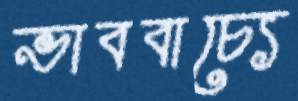
ভাববাচ্যে